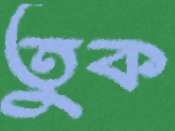
তুক